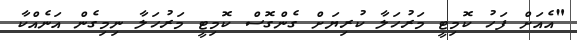
"އެއަށް ފަހު ކޮމިޓީ މަރުހަލާ ކުރިޔަށް ގެންގޮސް ކޮމިޓީ މަރުހަލާ ނިމިގެން އަނެއްކާ